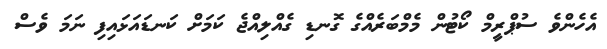
އެހެންވެ ސުޕްރީމް ކޯޓުން މެމްބަރެއްގެ ގޮނޑި ގެއްލިއްޖެ ކަމަށް ކަނޑައަޅައިފި ނަމަ ވެސް